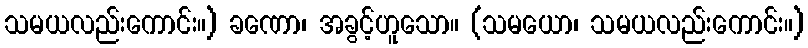
သမယလည်းကောင်း။) ခဏော၊ အခွင့်ဟူသော။ (သမယော၊ သမယလည်းကောင်း။)